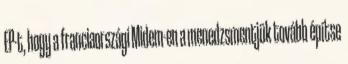
EP-t, hogy a franciaországi Midem-en a menedzsmentjük tovább építse